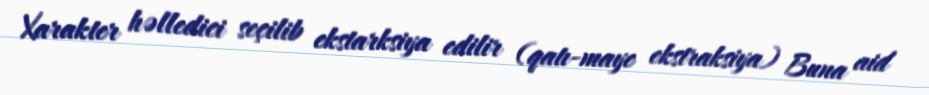
Xarakter həlledici seçilib ekstarksiya edilir (qatı-maye ekstraksiya) Buna aid